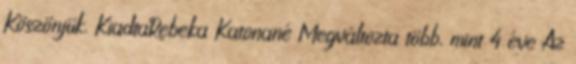
Köszönjük. KiadtaRebeka Katonané Megváltozta több, mint 4 éve Az